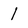
Character: 1